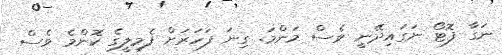
ނަގާ ފޮޓޯ ނަގައިދޭނީ ވެސް މަންމަ. ގިނަ ފަހަރަށް ފެމިލީގެ ކޮންމެ ވެސް